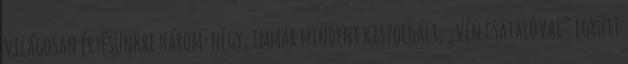
vi­lágosan értésünkre három-négy, immár min­dent kiszolgált, „vén csatalóval” együtt